Vaccine operations Central Provinces 1886-1899 - 1886-1899
Year: 1886
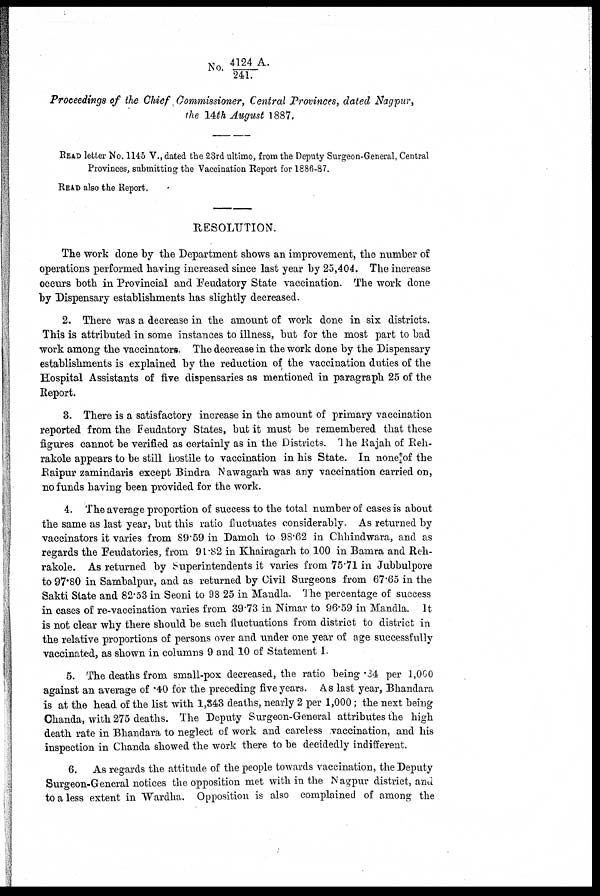
No. 4124 A./241.
Proceedings of the Chief Commissioner, Central Provinces, dated Nagpur,
the 14th August 1887,
READ letter No. 1145 V., dated the 23rd ultimo, from the Deputy Surgeon-General, Central
Provinces, submitting the Vaccination Report for 1886-87.
READ also the Report.
RESOLUTION.
The work done by the Department shows an improvement, the number of
operations performed having increased since last year by 25,404. The increase
occurs both in Provincial and Feudatory State vaccination. The work done
by Dispensary establishments has slightly decreased.
2. There was a decrease in the amount of work done in six districts.
This is attributed in some instances to illness, but for the most part to bad
work among the vaccinators. The decrease in the work done by the Dispensary
establishments is explained by the reduction of the vaccination duties of the
Hospital Assistants of five dispensaries as mentioned in paragraph 25 of the
Report.
3. There is a satisfactory increase in the amount of primary vaccination
reported from the Feudatory States, but it must be remembered that these
figures cannot be verified as certainly as in the Districts. The Rajah of Reh-
rakole appears to be still hostile to vaccination in his State. In none of the
Raipur zamindaris except Bindra Nawagarh was any vaccination carried on,
no funds having been provided for the work.
4. The average proportion of success to the total number of cases is about
the same as last year, but this ratio fluctuates considerably. As returned by
vaccinators it varies from 89.59 in Damoh to 98.62 in Chhindwara, and as
regards the Feudatories, from 91.82 in Khairagarh to 100 in Bamra and Reh¬
rakole. As returned by Superintendents it varies from 75.71 in Jubbulpore
to 97.80 in Sambalpur, and as returned by Civil Surgeons from 67.65 in the
Sakti State and 82.53 in Seoni to 98 25 in Mandla. The percentage of success
in cases of re-vaccination varies from 39.73 in Nimar to 96.59 in Mandla. It
is not clear why there should be such fluctuations from district to district in
the relative proportions of persons over and under one year of age successfully
vaccinated, as shown in columns 9 and 10 of Statement I.
5. The deaths from small-pox decreased, the ratio being . 34 per 1,000
against an average of .40 for the preceding five years. As last year, Bhandara
is at the head of the list with 1,343 deaths, nearly 2 per 1,000; the next being
Chanda, with 275 deaths. The Deputy Surgeon-General attributes the high
death rate in Bhandara to neglect of work and careless vaccination, and his
inspection in Chanda showed the work there to be decidedly indifferent.
6. As regards the attitude of the people towards vaccination, the Deputy
Surgeon-General notices the opposition met with in the Nagpur district, and
to a less extent in Wardha. Opposition is also complained of among the